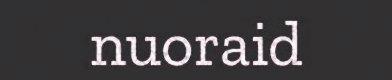
nuoraid